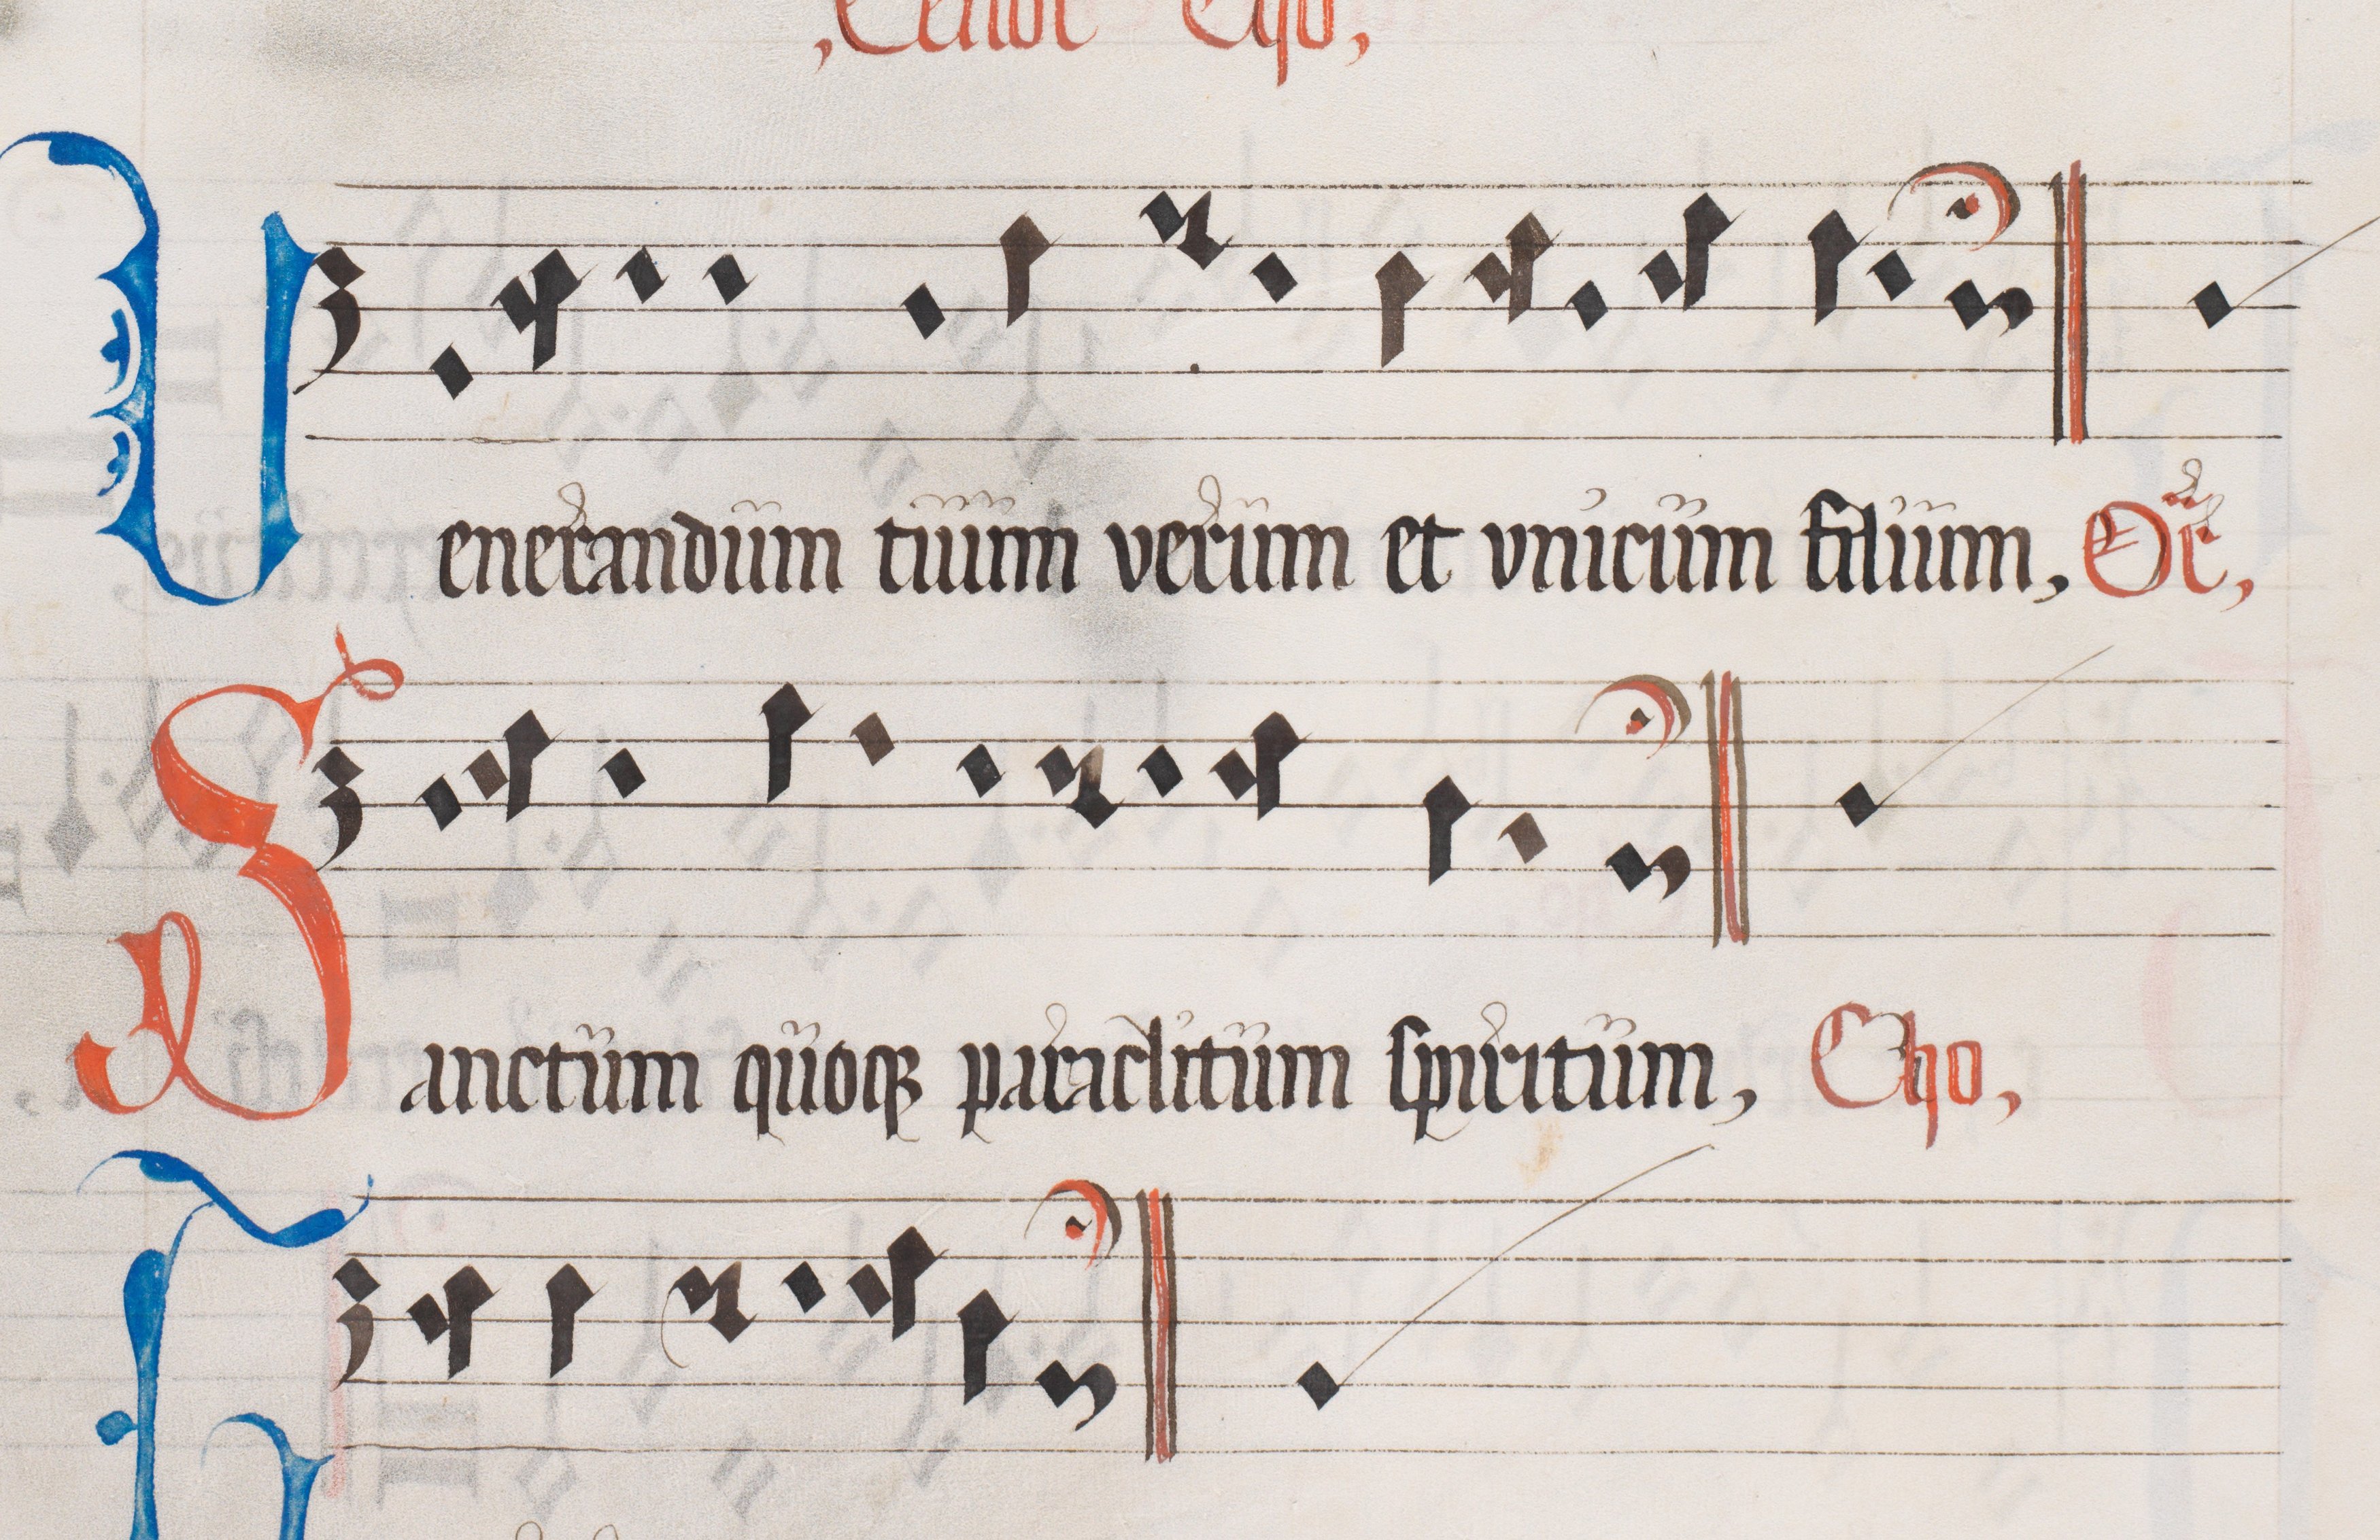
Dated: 1562–1564